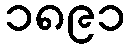
၁၈၉၁